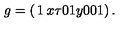
g = \left( \begin{matrix} { 1 } & { x } & { \tau } \\ { 0 } & { 1 } & { y } \\ { 0 } & { 0 } & { 1 } \\ \end{matrix} \right) .